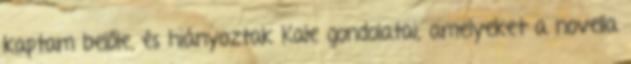
kaptam belőle, és hiányoztak Kale gondolatai, amelyeket a novella